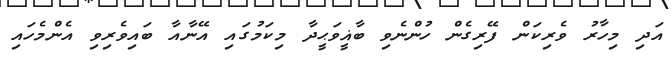
އަދި މިހާރު ވެރިކަން ފޭރިގެން ހުންނެވި ބާޣީވަޙީދާ މިކަމުގައި އޭނާއާ ބައިވެރިވި އެންމެހައި